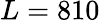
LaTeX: L=810